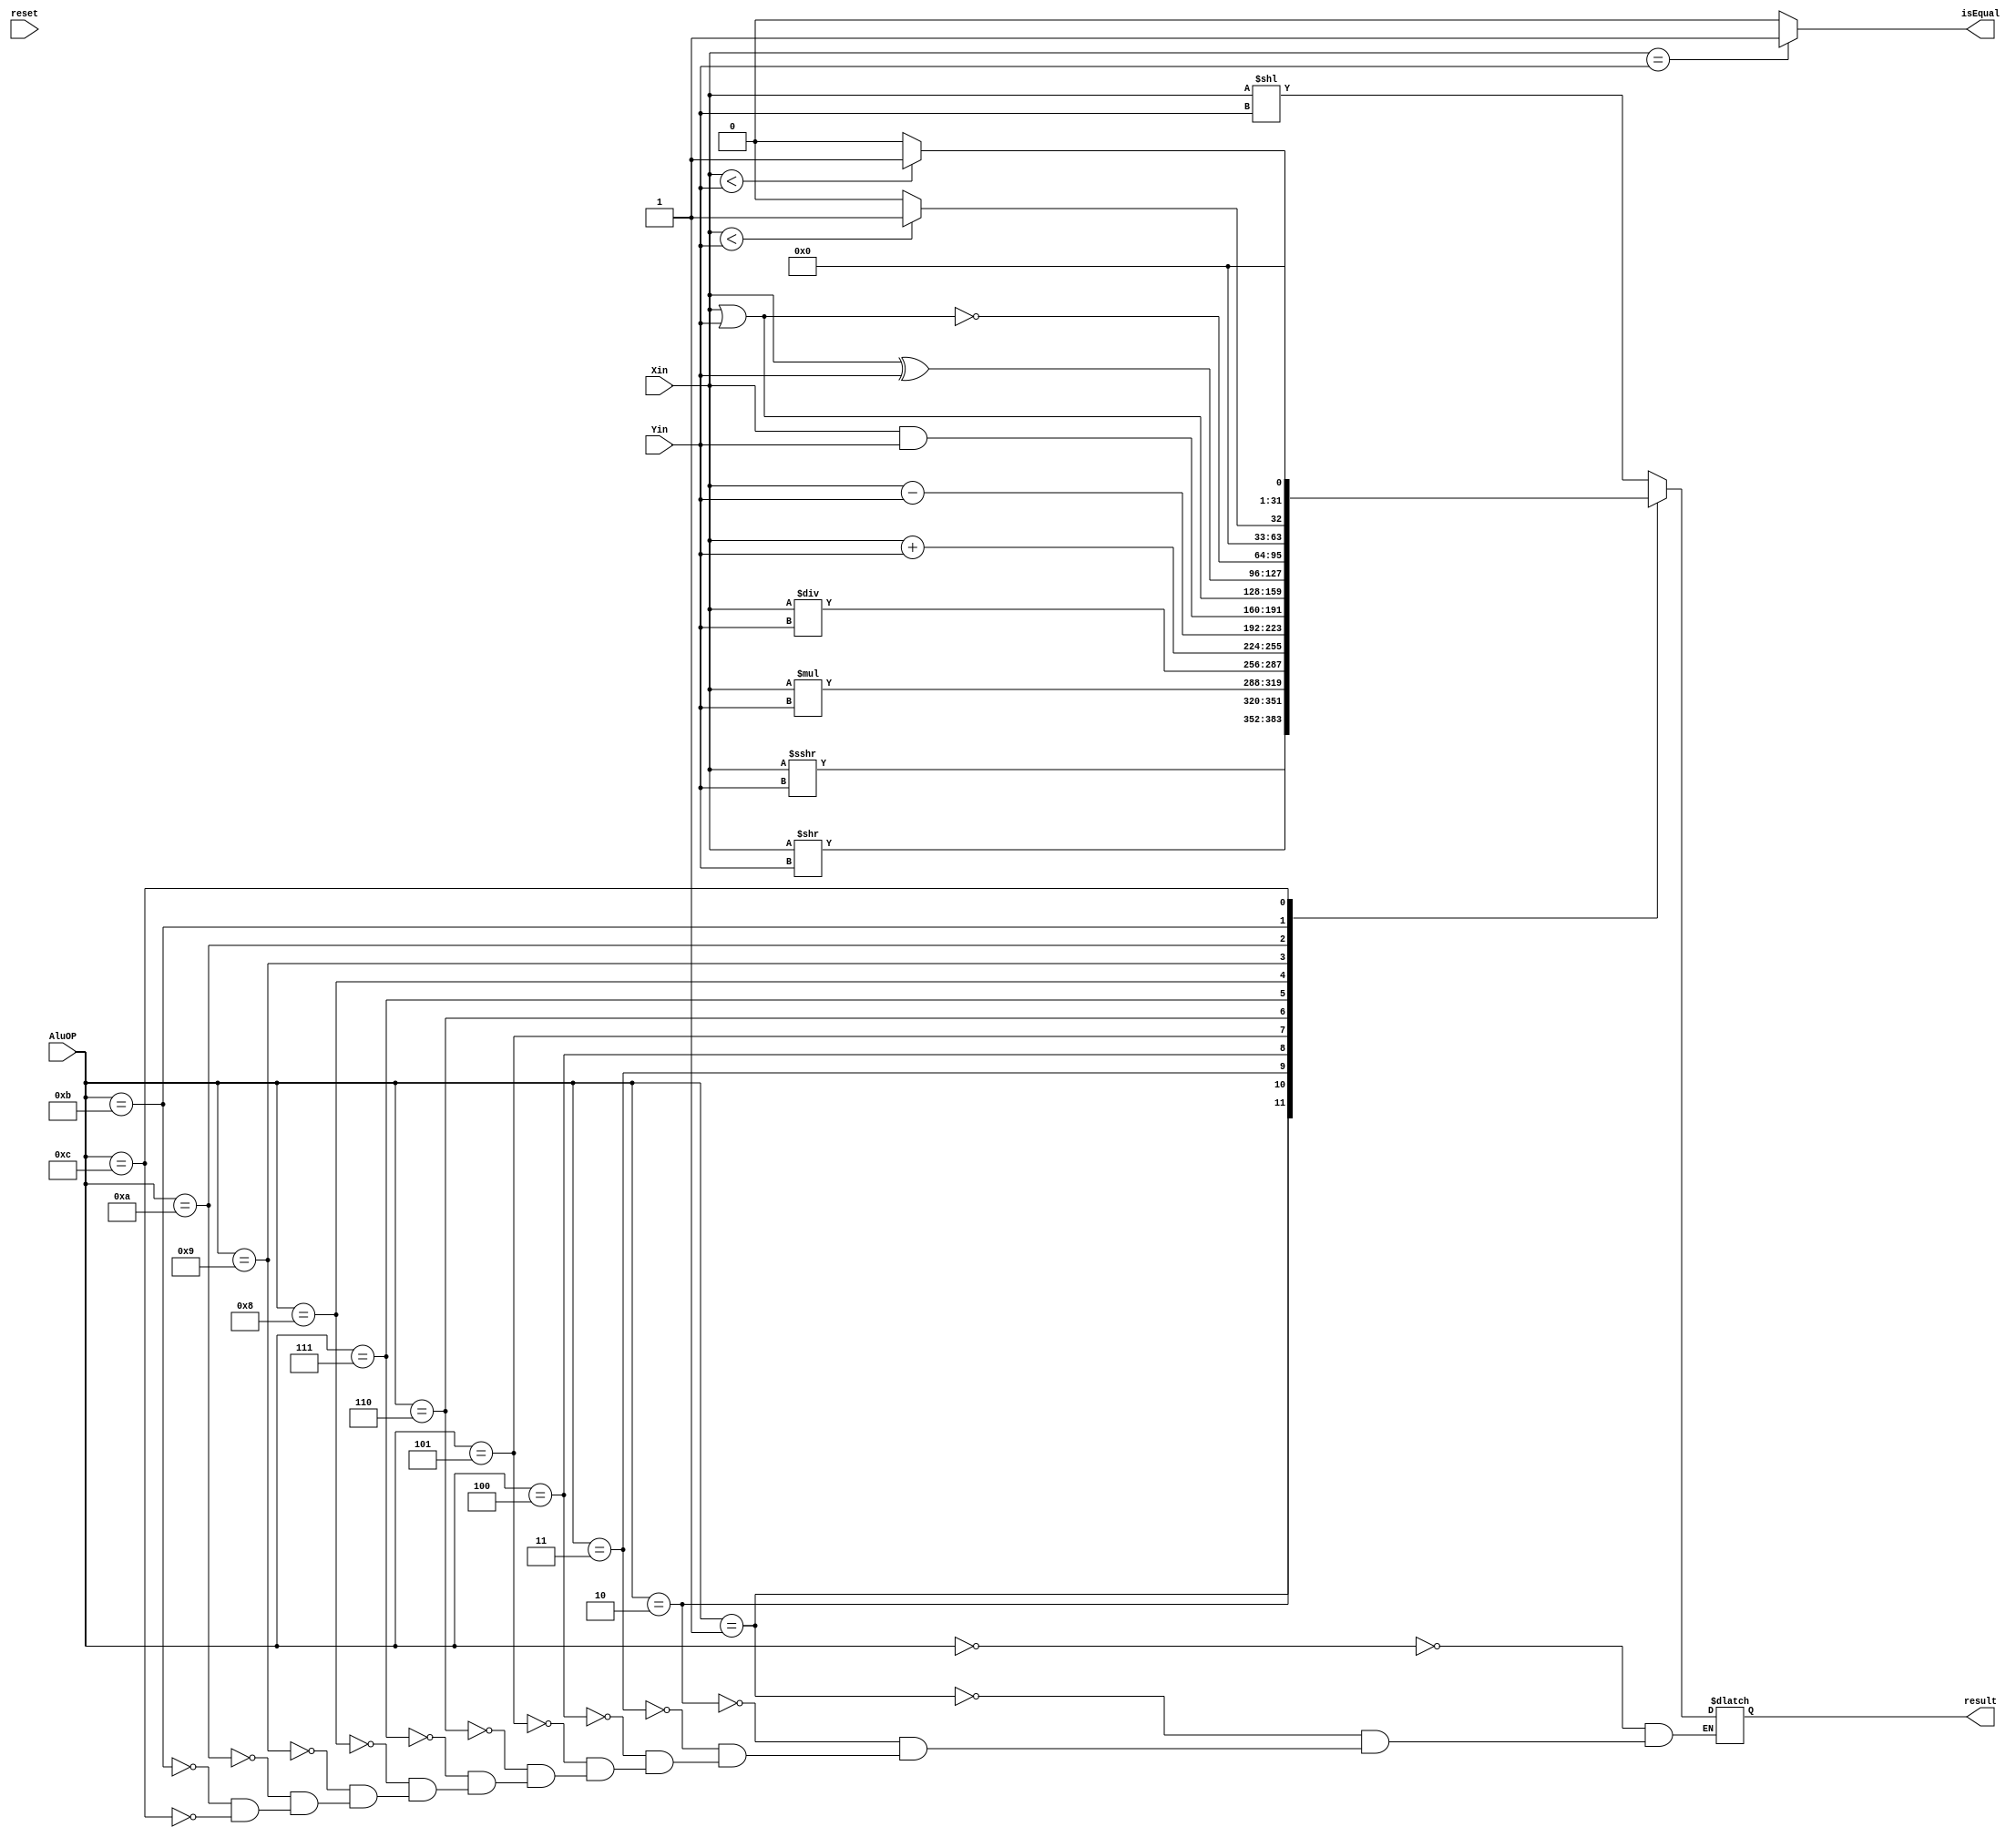
`timescale 1ns / 1ps
//////////////////////////////////////////////////////////////////////////////////
// Company:
// Engineer:
//
// Design Name:
// Module Name: ALU
// Project Name:
// Target Devices:
// Tool Versions:
// Description:
//
// Dependencies:
//
// Revision:
// Revision 0.01 - File Created
// Additional Comments:
//
//////////////////////////////////////////////////////////////////////////////////


module ALU(Xin, Yin, AluOP, result, isEqual, reset);
input [31:0] Xin, Yin;
input [3:0] AluOP;
input reset;
output reg [31:0] result;
output reg isEqual;
reg [31:0] result2;
wire signed [31:0] x_s, y_s;
assign x_s = $signed(Xin);
assign y_s = $signed(Yin);

always @ ( * ) begin
    case(AluOP)
        4'b0000:result      = Xin<<Yin;
        4'b0001:result      = x_s>>>Yin;
        4'b0010:result      = Xin>>Yin;
        4'b0011:{result2,result} = Xin*Yin;
        4'b0100:result      = Xin/Yin;
        4'b0101:result      = Xin+Yin;
        4'b0110:result      = Xin-Yin;
        4'b0111:result      = Xin&Yin;
        4'b1000:result      = Xin|Yin;
        4'b1001:result      = Xin^Yin;
        4'b1010:result      = ~(Xin|Yin);
        4'b1011:result      = (x_s<y_s)?1:0;
        4'b1100:result      = (Xin<Yin)?1:0;
    endcase
    isEqual = (Xin==Yin) ? 1 : 0;
end

endmodule